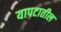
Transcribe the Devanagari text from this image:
यापटातील